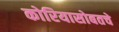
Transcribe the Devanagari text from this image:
कोरियासोबतचे